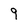
Character: 9